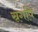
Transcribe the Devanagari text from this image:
स्रगपि